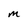
Character: M